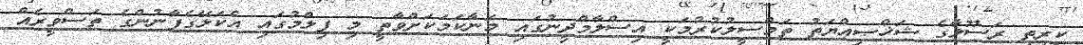
ކީރިތި ރަސޫލާގެ ޝަޚްޞިއްޔަތު ތަމްސީލުކުރުމަކީ އިސްލާމްދީނުގައި މަނާކަމަކަށްވާތީ މި ފިލްމުގައި އެކަލޭގެފާނުންގެ ތަސްވީރެއް